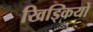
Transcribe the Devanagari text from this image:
खिड्कियों